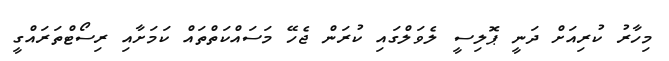
މިހާރު ކުރިއަށް ދަނީ ޕޮލިސީ ލެވަލްގައި ކުރަން ޖެހޭ މަސައްކަތްތައް ކަމަށާއި ރިސޯޓްތަރައްގީ